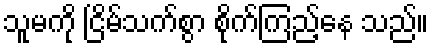
သူမကို ငြိမ်သက်စွာ စိုက်ကြည့်နေ သည်။